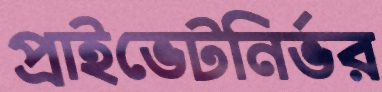
প্রাইভেটনির্ভর